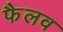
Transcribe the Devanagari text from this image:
फैलव